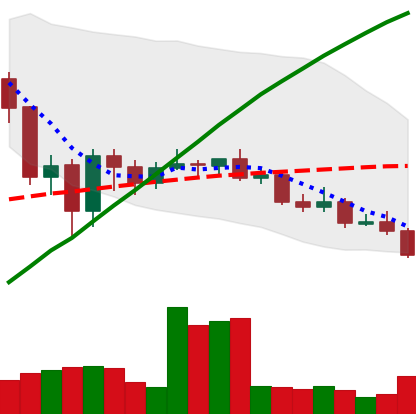
Ticker: LINK-USD
Chart end date: 2020-09-21
Forward return: 18.056%
Label: up_7plus